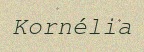
Kornélia